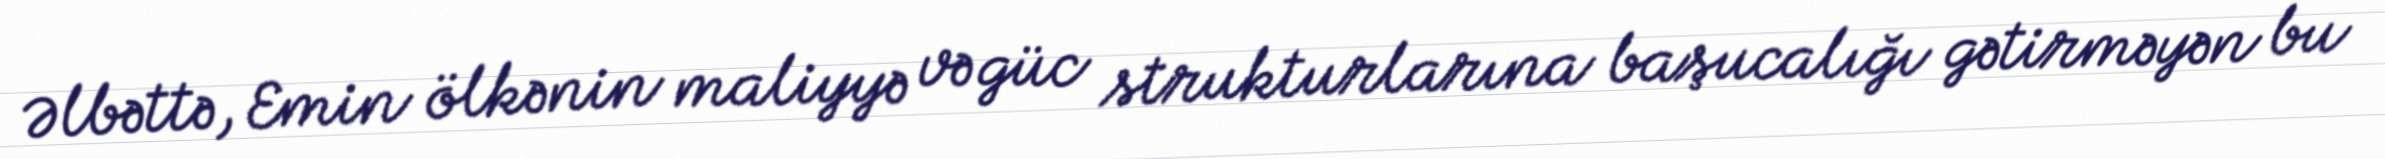
Əlbəttə, Emin ölkənin maliyyə və güc strukturlarına başucalığı gətirməyən bu